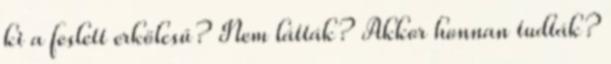
ki a feslett erkölcsű? Nem látták? Akkor honnan tudták?